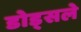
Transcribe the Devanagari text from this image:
डोड्सले